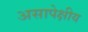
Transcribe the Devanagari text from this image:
असापेक्षीय